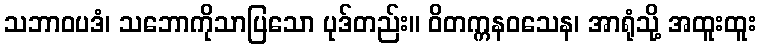
သဘာဝပဒံ၊ သဘောကိုသာပြသော ပုဒ်တည်း။ ဝိတက္ကနဝသေန၊ အာရုံသို့ အထူးထူး